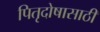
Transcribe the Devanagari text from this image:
पितृदोषासाठी